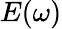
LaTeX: E(\omega)